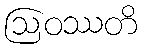
ဩဝဿတိ